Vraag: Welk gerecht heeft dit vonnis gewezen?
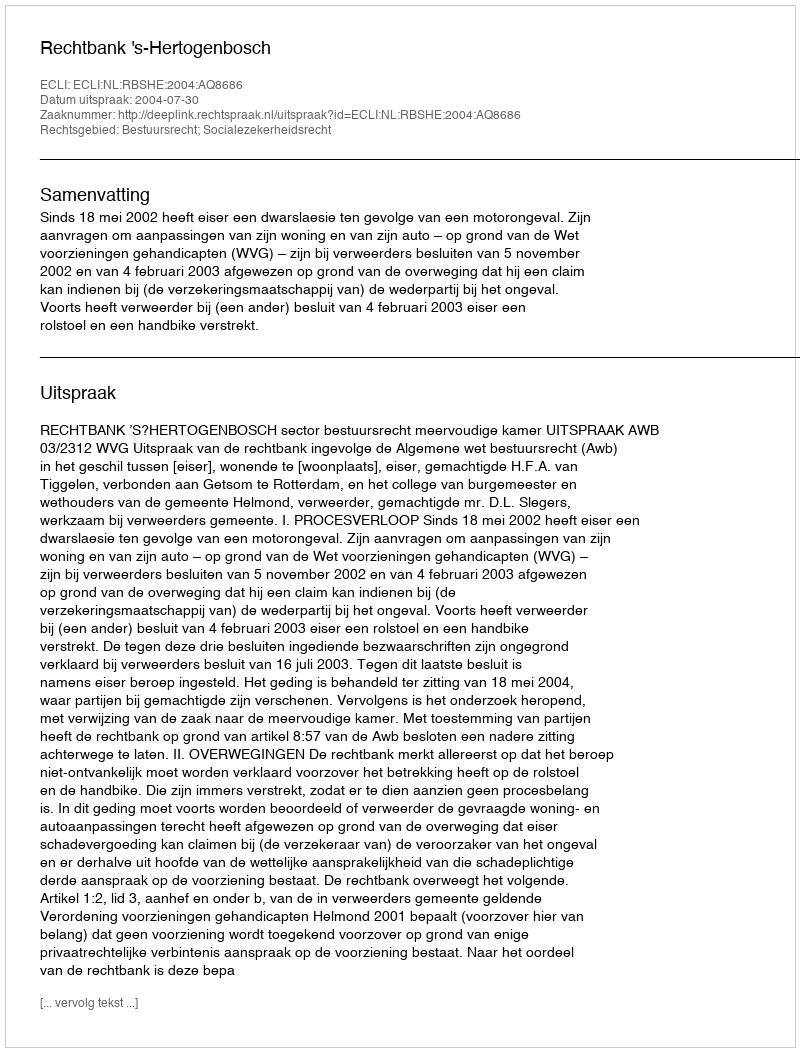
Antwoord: Rechtbank 's-Hertogenbosch